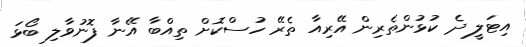
އިޓަލީ ދެ ކުޅުންތެރިން އޭރިއާ ތެރޭ ހުސްކޮށް ތިއްބާ އޭނާ ފޮނުވާލި ބޯޅަ